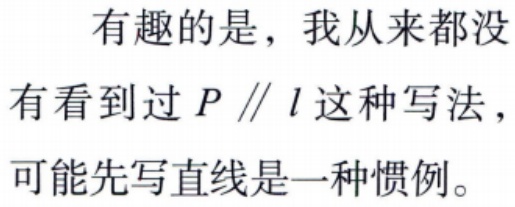
有趣的是，我从来都没
有看到过 \(P \parallel l\) 这种写法，
可能先写直线是一种惯例。